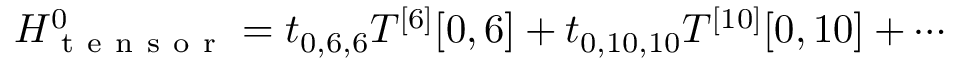
H _ { \mathrm { ~ t ~ e ~ n ~ s ~ o ~ r ~ } } ^ { 0 } = t _ { 0 , 6 , 6 } T ^ { [ 6 ] } [ 0 , 6 ] + t _ { 0 , 1 0 , 1 0 } T ^ { [ 1 0 ] } [ 0 , 1 0 ] + \cdots